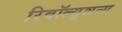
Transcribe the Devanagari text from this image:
रिवॉल्यूशन्स